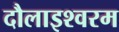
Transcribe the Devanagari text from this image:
दौलाइश्वरम